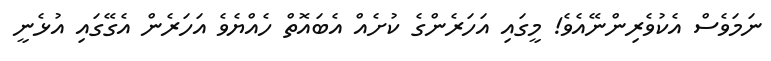
ނަމަވެސް އެކުވެރިންނޭއެވެ! މީގައި އަހަރެންގެ ކުށެއް އެބައޮތް ހެއްޔެވެ އަހަރެން އެގޭގައި އުޅެނީ